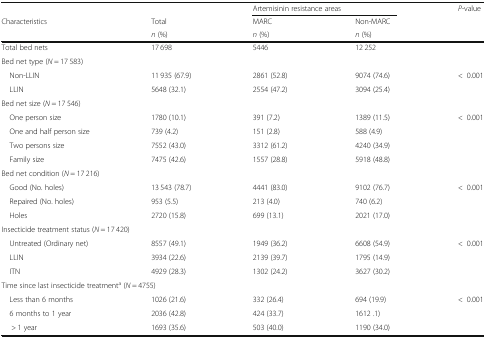
|  |  | <COLSPAN=2> Artemisinin resistance areas | <ROWSPAN=3> P-value |
 | Characteristics | Total | MARC | Non-MARC |
 |  | n (%) | n (%) | n (%) |
 | --- | --- | --- | --- | --- |
 | Total bed nets | 17 698 | 5446 | 12 252 |  |
 | <COLSPAN=5> Bed net type (N = 17 583) |
 | Non-LLIN | 11 935 (67.9) | 2861 (52.8) | 9074 (74.6) | <ROWSPAN=2> <0.001 |
 | LLIN | 5648 (32.1) | 2554 (47.2) | 3094 (25.4) |
 | <COLSPAN=5> Bed net size (N = 17 546) |
 | One person size | 1780 (10.1) | 391 (7.2) | 1389 (11.5) | <ROWSPAN=4> <0.001 |
 | One and half person size | 739 (4.2) | 151 (2.8) | 588 (4.9) |
 | Two persons size | 7552 (43.0) | 3312 (61.2) | 4240 (34.9) |
 | Family size | 7475 (42.6) | 1557 (28.8) | 5918 (48.8) |
 | <COLSPAN=5> Bed net condition (N = 17 216) |
 | Good (No. holes) | 13 543 (78.7) | 4441 (83.0) | 9102 (76.7) | <ROWSPAN=3> <0.001 |
 | Repaired (No. holes) | 953 (5.5) | 213 (4.0) | 740 (6.2) |
 | Holes | 2720 (15.8) | 699 (13.1) | 2021 (17.0) |
 | <COLSPAN=5> Insecticide treatment status (N = 17 420) |
 | Untreated (Ordinary net) | 8557 (49.1) | 1949 (36.2) | 6608 (54.9) | <ROWSPAN=3> <0.001 |
 | LLIN | 3934 (22.6) | 2139 (39.7) | 1795 (14.9) |
 | ITN | 4929 (28.3) | 1302 (24.2) | 3627 (30.2) |
 | <COLSPAN=5> Time since last insecticide treatmenta (N = 4755) |
 | Less than 6 months | 1026 (21.6) | 332 (26.4) | 694 (19.9) | <ROWSPAN=3> <0.001 |
 | 6 months to 1 year | 2036 (42.8) | 424 (33.7) | 1612 .1) |
 | > 1 year | 1693 (35.6) | 503 (40.0) | 1190 (34.0) |